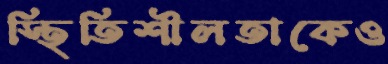
স্থিতিশীলতাকেও